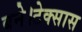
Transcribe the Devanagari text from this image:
बने।टेक्सास